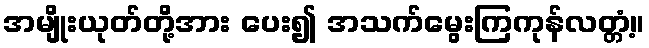
အမျိုးယုတ်တို့အား ပေး၍ အသက်မွေးကြကုန်လတ္တံ့။